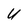
Character: U